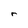
Character: r